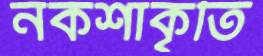
নকশাকৃতি